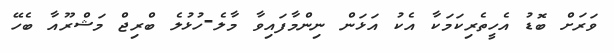
ވަރަށް ބޮޑު އެހީތެރިކަމަކާ އެކު އަޅަން ނިންމާފައިވާ މާލެ-ހުޅުލެ ބްރިޖް މަޝްރޫއާ ބެހޭ